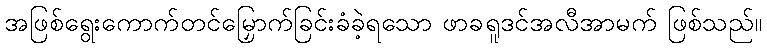
အဖြစ်ရွေးကောက်တင်မြှောက်ခြင်းခံခဲ့ရသော ဖာခရူဒင်အလီအာမက် ဖြစ်သည်။